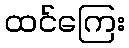
ထင်ကြေး